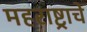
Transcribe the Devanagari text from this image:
महराष्ट्राचे